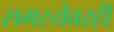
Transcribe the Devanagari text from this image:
समस्येवरही